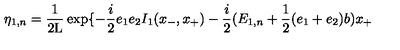
{ \eta } _ { 1 , n } = \frac { 1 } { 2 \mathrm { L } } \exp \{ - \frac { i } { 2 } e _ { 1 } e _ { 2 } I _ { 1 } ( x _ { - } , x _ { + } ) - \frac { i } { 2 } ( E _ { 1 , n } + \frac { 1 } { 2 } ( e _ { 1 } + e _ { 2 } ) b ) x _ { + }